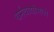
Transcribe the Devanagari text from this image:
धर्मवाद्यांमध्ये